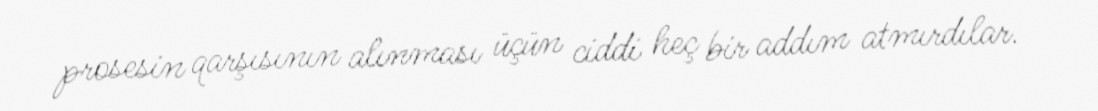
prosesin qarşısının alınması üçün ciddi heç bir addım atmırdılar.